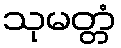
သုမတ္တံ